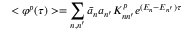
< \varphi ^ { p } ( \tau ) > = \sum _ { n , n ^ { \prime } } \bar { a } _ { n } a _ { n ^ { \prime } } K _ { n n ^ { \prime } } ^ { p } e ^ { ( E _ { n } - E _ { n ^ { \prime } } ) \tau }